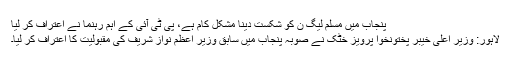
پنجاب میں مسلم لیگ ن کو شکست دینا مشکل کام ہے، پی ٹی آئی کے اہم رہنما نے اعتراف کر لیا
لاہور: وزیر اعلی خیبر پختونخوا پرویز خٹک نے صوبہ پنجاب میں سابق وزیر اعظم نواز شریف کی مقبولیت کا اعتراف کر لیا۔